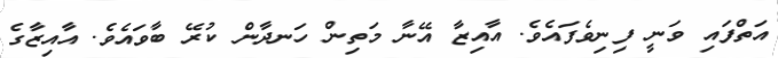
އަތްފައި ވަނީ ފިނިވެފައެވެ. އާއިޒާ އޭނާ މަތިން ހަނދާން ކުރޭ ބާވައެވެ. އާއިޒާގެ